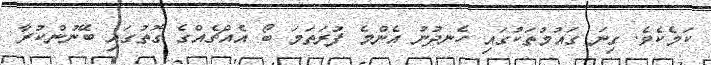
ކަމެކެވެ. ގިނަ ގައުމުތަކުގައި ހެނދުނު އެންމެ ފުރަތަމަ ބޯ އެއްޗެއްގެ ގޮތުގައި ބޭނުންކުރާ